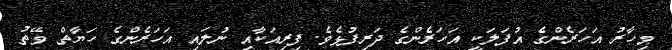
މިހާރު އަހަރެންގެ އުފަލަކީ އަހަރެންގެ ދަރިފުޅެވެ. ފިރިއަކާއި ނުލައި އަހަރެންގެ ހަޔާތް ވޭތު